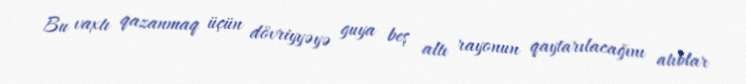
Bu vaxtı qazanmaq üçün dövriyyəyə guya beş altı rayonun qaytarılacağını atıblar